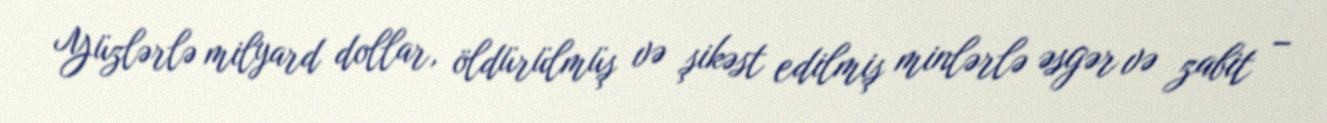
Yüzlərlə milyard dollar, öldürülmüş və şikəst edilmiş minlərlə əsgər və zabit –